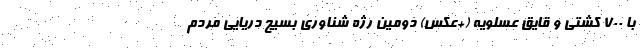
با 700 کشتی و قایق عسلویه (+عکس) دومین رژه شناوری بسیج دریایی مردم